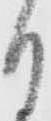
月